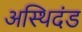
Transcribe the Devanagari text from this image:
अस्थिदंड